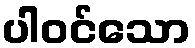
ပါဝင်သော